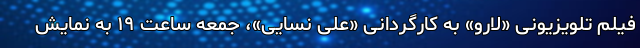
فیلم تلویزیونی «لارو» به کارگردانی «علی نسایی»، جمعه ساعت ۱۹ به نمایش